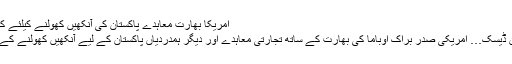
امریکا بھارت معاہدے پاکستان کی آنکھیں کھولنے کیلئے کافی ہیں،رپورٹ
اسلام آباد…فارن ڈیسک… امریکی صدر براک اوباما کی بھارت کے ساتھ تجارتی معاہدے اور دیگر ہمدردیاں پاکستان کے لیے آنکھیں کھولنے کے لیے کافی ہے ۔